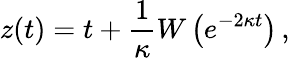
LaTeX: z(t)=t+\frac{1}{\kappa}W\left(e^{-2\kappa t}\right)\, ,